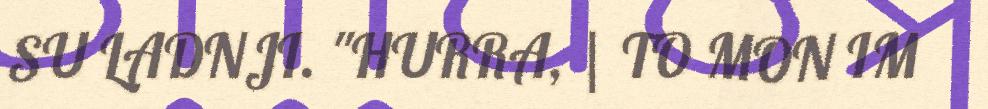
SU LADNJI. "HURRA, | TO MON IM